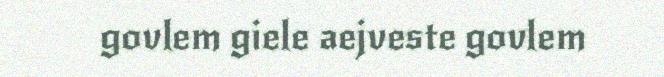
govlem giele aejveste govlem